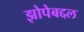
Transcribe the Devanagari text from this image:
झोपेबद्दल